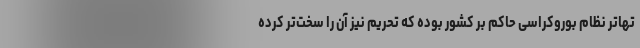
تهاتر نظام بوروکراسی حاکم بر کشور بوده که تحریم نیز آن را سخت‌تر کرده